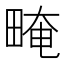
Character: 㽢